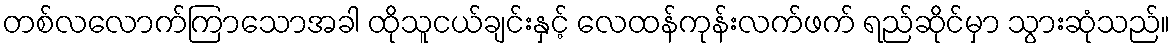
တစ်လလောက်ကြာသောအခါ ထိုသူငယ်ချင်းနှင့် လေထန်ကုန်းလက်ဖက် ရည်ဆိုင်မှာ သွားဆုံသည်။